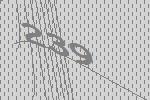
239